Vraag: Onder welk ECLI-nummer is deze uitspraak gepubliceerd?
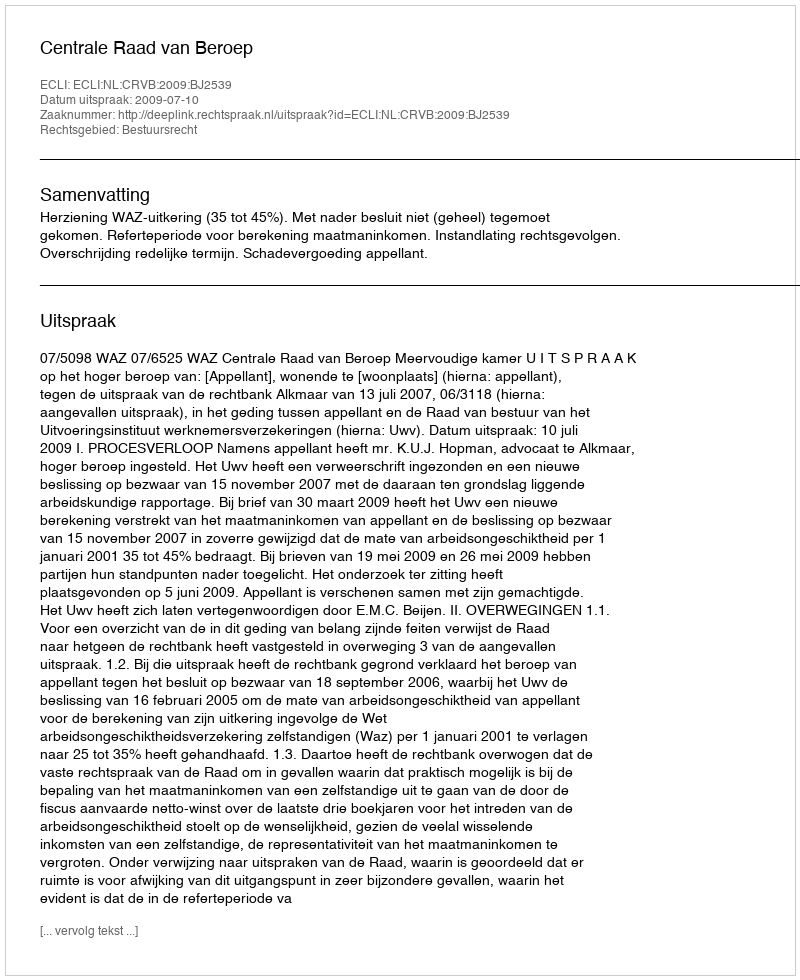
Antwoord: ECLI:NL:CRVB:2009:BJ2539